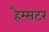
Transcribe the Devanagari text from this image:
हैम्सटर